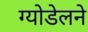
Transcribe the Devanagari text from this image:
ग्योडेलने